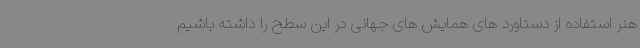
هنر استفاده از دستاورد های همایش های جهانی در این سطح را داشته باشیم